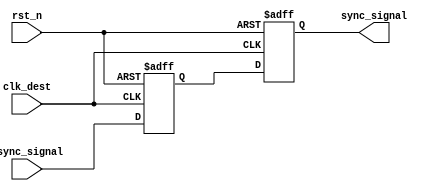
module signal_level_crossing_synchronizer (
    input wire async_signal,      // Asynchronous input signal
    input wire clk_dest,          // Clock signal for the destination clock domain
    input wire rst_n,             // Active low asynchronous reset
    output reg sync_signal         // Synchronized output signal
);

    // Intermediate signals for the two-stage flip-flop
    reg ff1_out;

    // Two-stage flip-flop synchronization
    always @(posedge clk_dest or negedge rst_n) begin
        if (!rst_n) begin
            ff1_out <= 1'b0;       // Reset the first flip-flop output
            sync_signal <= 1'b0;   // Reset the synchronized output signal
        end else begin
            ff1_out <= async_signal; // Capture async_signal in FF1
            sync_signal <= ff1_out;   // Capture FF1 output in FF2
        end
    end

endmodule